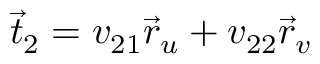
{ \vec { t } } _ { 2 } = v _ { 2 1 } { \vec { r } } _ { u } + v _ { 2 2 } { \vec { r } } _ { v }